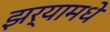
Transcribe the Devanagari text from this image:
झर्‍यामधे